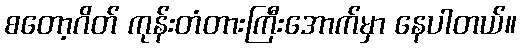
စတော့ဂိတ် ကုန်းတံတားကြီးအောက်မှာ နေပါတယ်။